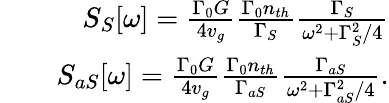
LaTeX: \begin{array}{rlr}&{}&{S_{S}[\omega]=\frac{\Gamma_{0}G}{4v_{g}}\frac{\Gamma_{0}n_{th}}{\Gamma_{S}}\frac{\Gamma_{S}}{\omega^{2}+\Gamma_{S}^{2}/4}}\\ &{}&{S_{aS}[\omega]=\frac{\Gamma_{0}G}{4v_{g}}\frac{\Gamma_{0}n_{th}}{\Gamma_{aS}}\frac{\Gamma_{aS}}{\omega^{2}+\Gamma_{aS}^{2}/4}.}\end{array}